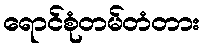
ရောင်စုံတမ်တံတား